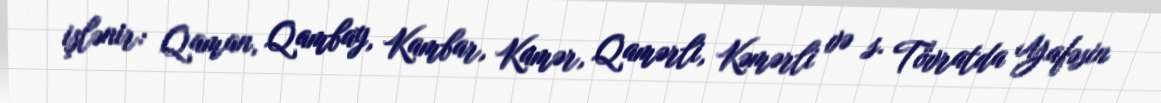
işlənir: Qaman, Qambay, Kambar, Kamər, Qamərli, Kəmərli və s. Tövratda Yafəsin